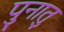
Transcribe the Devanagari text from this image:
पुनातु